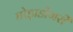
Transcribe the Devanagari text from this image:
घोड़ाडोंगरी